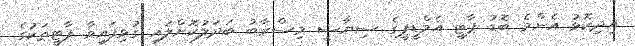
އިދިކޮޅު އެންމެ ބޮޑު ޕާޓީ އެމްޑީޕީގެ ސިޔާސީ މިސްރާބު ބަދަލުކޮށްލައި ގުޅިފައިވާ ޕާޓީތަކުގެ